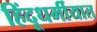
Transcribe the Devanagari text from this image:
हिंदूधर्मीयात